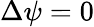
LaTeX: \Delta\psi=0